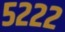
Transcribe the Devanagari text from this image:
५२२२